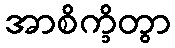
အာစိက္ခိတွာ